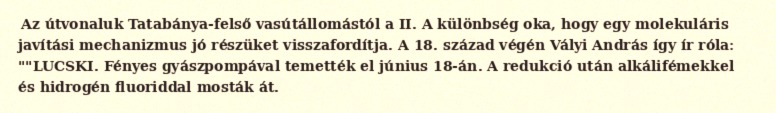
Az útvonaluk Tatabánya-felső vasútállomástól a II. A különbség oka, hogy egy molekuláris javítási mechanizmus jó részüket visszafordítja. A 18. század végén Vályi András így ír róla: ""LUCSKI. Fényes gyászpompával temették el június 18-án. A redukció után alkálifémekkel és hidrogén fluoriddal mosták át.